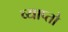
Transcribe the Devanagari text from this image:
व्याप्तो